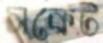
সকেট